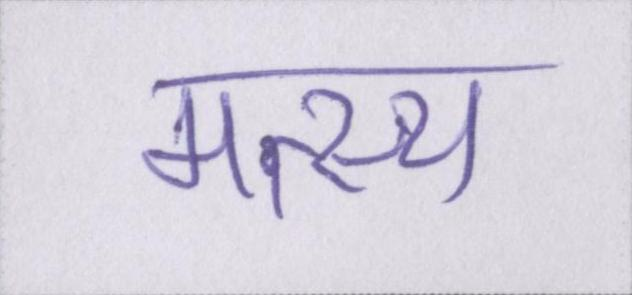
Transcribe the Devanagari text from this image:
मत्स्य